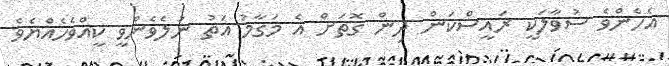
އެހެންވެ ސުވާލަކީ ރައީސްކަން ދިން ގޮތަށް އެ މަގާމު އަތު ނުލެވެންވީ ކީއްވެހެއްޔެވެ